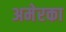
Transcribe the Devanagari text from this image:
अमेरका